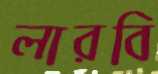
লারবি